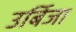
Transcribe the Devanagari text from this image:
उर्बिजा